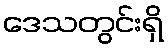
ဒေသတွင်းရှိ